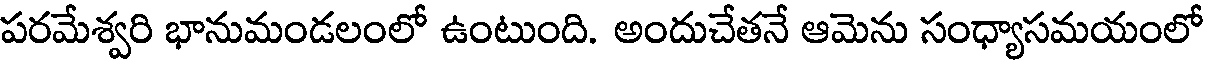
పరమేశ్వరి భానుమండలంలో ఉంటుంది. అందుచేతనే ఆమెను సంధ్యాసమయంలో